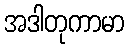
အဒါတုကာမာ